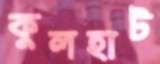
কুলহাট